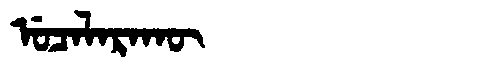
Manchu: ᡠᠴᠠᠯᠠᡵᠠᡴᡡ
Romanization: UCALARAKŪ